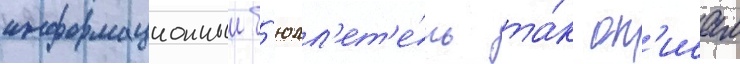
информационныи б'юлл'ет'е́нь та́к оп'исал